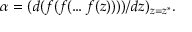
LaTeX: \alpha = ( d ( f ( f ( \dots f ( z ) ) ) ) / d z ) _ { z = z ^ { * } } .